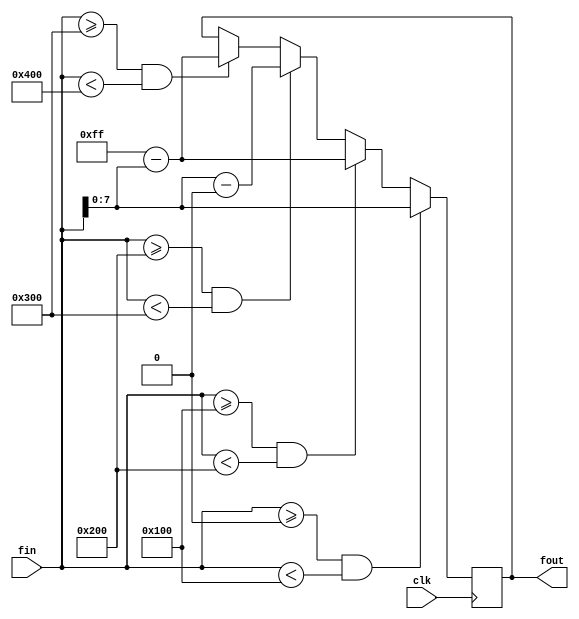
module changeFout(fin, clk, fout);
	input [9:0] fin;			//input os original output from the phase accumulator
	input clk;					//10MHz clock signal
	output reg [7:0] fout;  //output to be fed into LUTs(must range 0-255)
	
	always @(posedge clk)
	begin
		if(fin >= 0 && fin < 256) fout =  fin;					 //from 0-255 output original value
		else if(fin >= 256 && fin < 512) fout =  511 - fin; //256-511 traverse LUT backwards within range of 0-255
		else if(fin >= 512 && fin < 768) fout = fin - 512;  //512-767 traverse LUT forwards within range of 0-255
		else if(fin >= 768 && fin < 1024) fout =  1023 - fin;//768-1023 traverse LUT backwards within range of 0-255
	end
	
endmodule